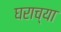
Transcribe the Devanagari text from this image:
घराच्‍या